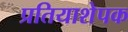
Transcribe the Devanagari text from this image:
प्रतियाशेपक